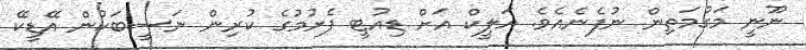
ނޫނީ މަގުމަތިން ނުފެނެއެވެ. އަލީކް އަށް ޑިއުޓީ ފެށުމުގެ ކުރިން ނަސީބަކުން އޭޑީކޭ